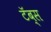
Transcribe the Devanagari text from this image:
टॅब्स